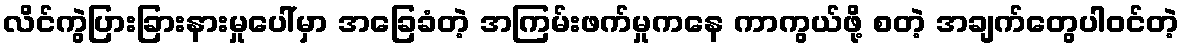
လိင်ကွဲပြားခြားနားမှုပေါ်မှာ အခြေခံတဲ့ အကြမ်းဖက်မှုကနေ ကာကွယ်ဖို့ စတဲ့ အချက်တွေပါဝင်တဲ့